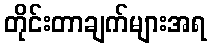
တိုင်းတာချက်များအရ